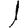
Digit: 1